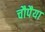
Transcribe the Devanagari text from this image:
चौपैया